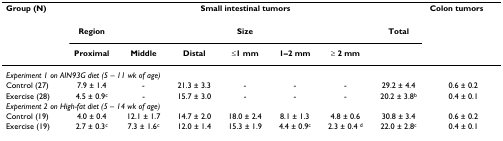
<table><thead><tr><td><b>Group (N)</b></td><td colspan="7"><b>Small intestinal tumors</b></td><td><b>Colon tumors</b></td></tr></thead><tbody><tr><td></td><td><b>Region</b></td><td></td><td></td><td><b>Size</b></td><td></td><td></td><td><b>Total</b></td><td></td></tr><tr><td></td><td><b>Proximal</b></td><td><b>Middle</b></td><td><b>Distal</b></td><td><b>≤1 mm</b></td><td><b>1–2 mm</b></td><td><b>≥ 2 mm</b></td><td></td><td></td></tr><tr><td colspan="9"><i>Experiment 1 on AIN93G diet (5 – 11 wk of age)</i></td></tr><tr><td>Control (27)</td><td>7.9 ± 1.4</td><td>-</td><td>21.3 ± 3.3</td><td>-</td><td>-</td><td>-</td><td>29.2 ± 4.4</td><td>0.6 ± 0.2</td></tr><tr><td>Exercise (28)</td><td>4.5 ± 0.9<sup>c</sup></td><td>-</td><td>15.7 ± 3.0</td><td>-</td><td>-</td><td>-</td><td>20.2 ± 3.8<sup>b</sup></td><td>0.4 ± 0.1</td></tr><tr><td colspan="9"><i>Experiment 2 on High-fat diet (5 – 14 wk of age)</i></td></tr><tr><td>Control (19)</td><td>4.0 ± 0.4</td><td>12.1 ± 1.7</td><td>14.7 ± 2.0</td><td>18.0 ± 2.4</td><td>8.1 ± 1.3</td><td>4.8 ± 0.6</td><td>30.8 ± 3.4</td><td>0.6 ± 0.2</td></tr><tr><td>Exercise (19)</td><td>2.7 ± 0.3<sup>c</sup></td><td>7.3 ± 1.6<sup>c</sup></td><td>12.0 ± 1.4</td><td>15.3 ± 1.9</td><td>4.4 ± 0.9<sup>c</sup></td><td>2.3 ± 0.4 <sup>d</sup></td><td>22.0 ± 2.8<sup>c</sup></td><td>0.4 ± 0.1</td></tr></tbody></table>